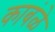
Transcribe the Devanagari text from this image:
काबंळे